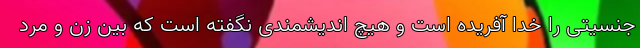
جنسیتی را خدا آفریده است و هیچ اندیشمندی نگفته است که بین زن و مرد